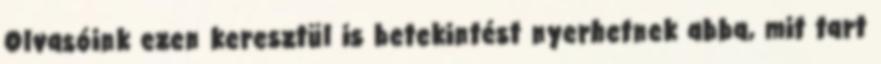
Olvasóink ezen keresztül is betekintést nyerhetnek abba, mit tart